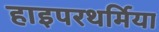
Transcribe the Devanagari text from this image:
हाइपरथर्मिया